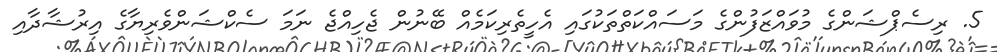
5. ރިސެޕްޝަންގެ މުވައްޒަފުންގެ މަސައްކަތްތަކުގައި އެހީތެރިކަމެއް ބޭނުން ޖެހިއްޖެ ނަމަ ސެކްޝަންވެރިޔާގެ އިރުޝާދާއި